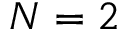
N = 2